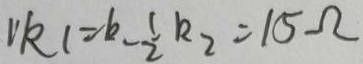
1 k _ { 1 } = k - \frac { 1 } { 2 } k _ { 2 } = 1 5 \Omega